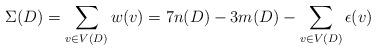
LaTeX: \begin{align*}\Sigma(D) = \sum_{v \in V(D)} w(v) = 7n(D) - 3m(D) - \sum_{v\in V(D)} \epsilon(v)\end{align*}